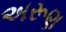
અરૂણ